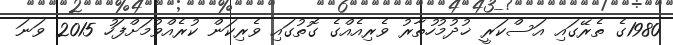
1980ގެ ތެރޭގައި އަސްކަރީ ޚުދުމުހުތާރު ވެރިއެއްގެ ގޮތުގައި ވެރިކަން ކުރެއްވުމަށްފަހު 2015 ވަނަ